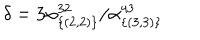
\delta = 3 \alpha _ { \{ ( 2 , 2 ) \} } ^ { 3 2 } / \alpha _ { \{ ( 3 , 3 ) \} } ^ { 4 3 }